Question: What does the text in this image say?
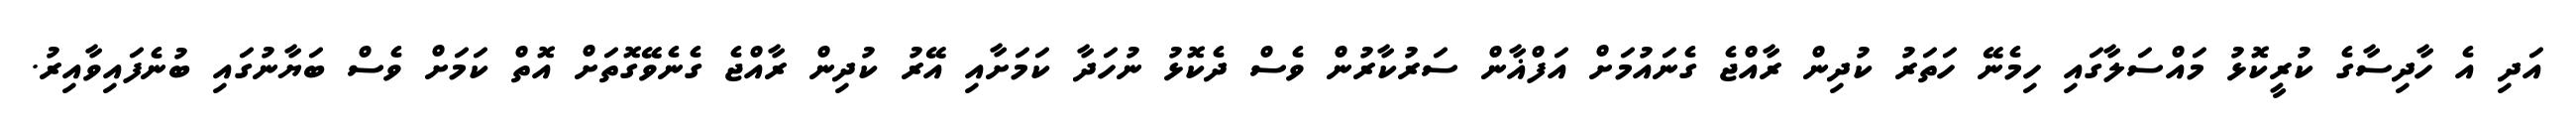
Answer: އަދި އެ ހާދިސާގެ ކުރީކޮޅު މައްސަލާގައި ހިމެނޭ ހަތަރު ކުދިން ރާއްޖެ ގެނައުމަށް އަފްޣާން ސަރުކާރުން ވެސް ދެކޮޅު ނުހަދާ ކަމަށާއި އޭރު ކުދިން ރާއްޖެ ގެނެވޭގޮތަށް އޮތް ކަމަށް ވެސް ބަޔާނުގައި ބުނެފައިވާއިރު.